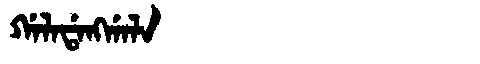
Manchu: ᡤᠠᠯᠠᡩᠠᠩᡤᠠᠯᠠ
Romanization: GALADANGGALA